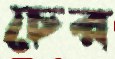
চের